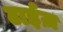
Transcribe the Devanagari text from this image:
टाईज़